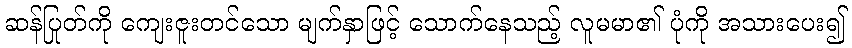
ဆန်ပြုတ်ကို ကျေးဇူးတင်သော မျက်နှာဖြင့် သောက်နေသည့် လူမမာ၏ ပုံကို အသားပေး၍